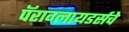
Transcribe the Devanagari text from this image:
पॅराग्लायडर्सचे